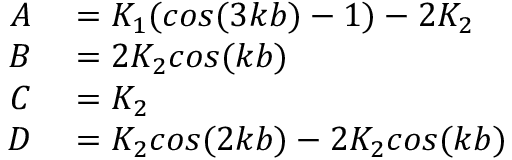
\begin{array} { r l } { A } & { { } = K _ { 1 } ( c o s ( 3 k b ) - 1 ) - 2 K _ { 2 } } \\ { B } & { { } = 2 K _ { 2 } c o s ( k b ) } \\ { C } & { { } = K _ { 2 } } \\ { D } & { { } = K _ { 2 } c o s ( 2 k b ) - 2 K _ { 2 } c o s ( k b ) } \end{array}